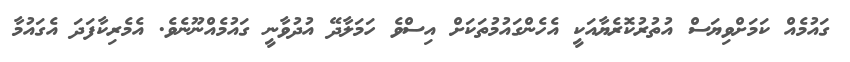
ގައުމެއް ކަމަށްވިޔަސް އުތުރުކޮރެޔާއަކީ އެހެންގައުމުތަކަށް އިސްވެ ހަމަލާދޭ އުދުވާނީ ގައުމެއްނޫނެވެ. އެމެރިކާފަދަ އެގައުމާ